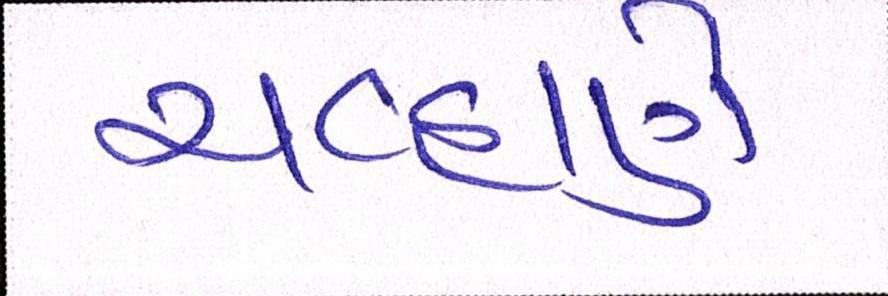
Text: ચવ્હાણે